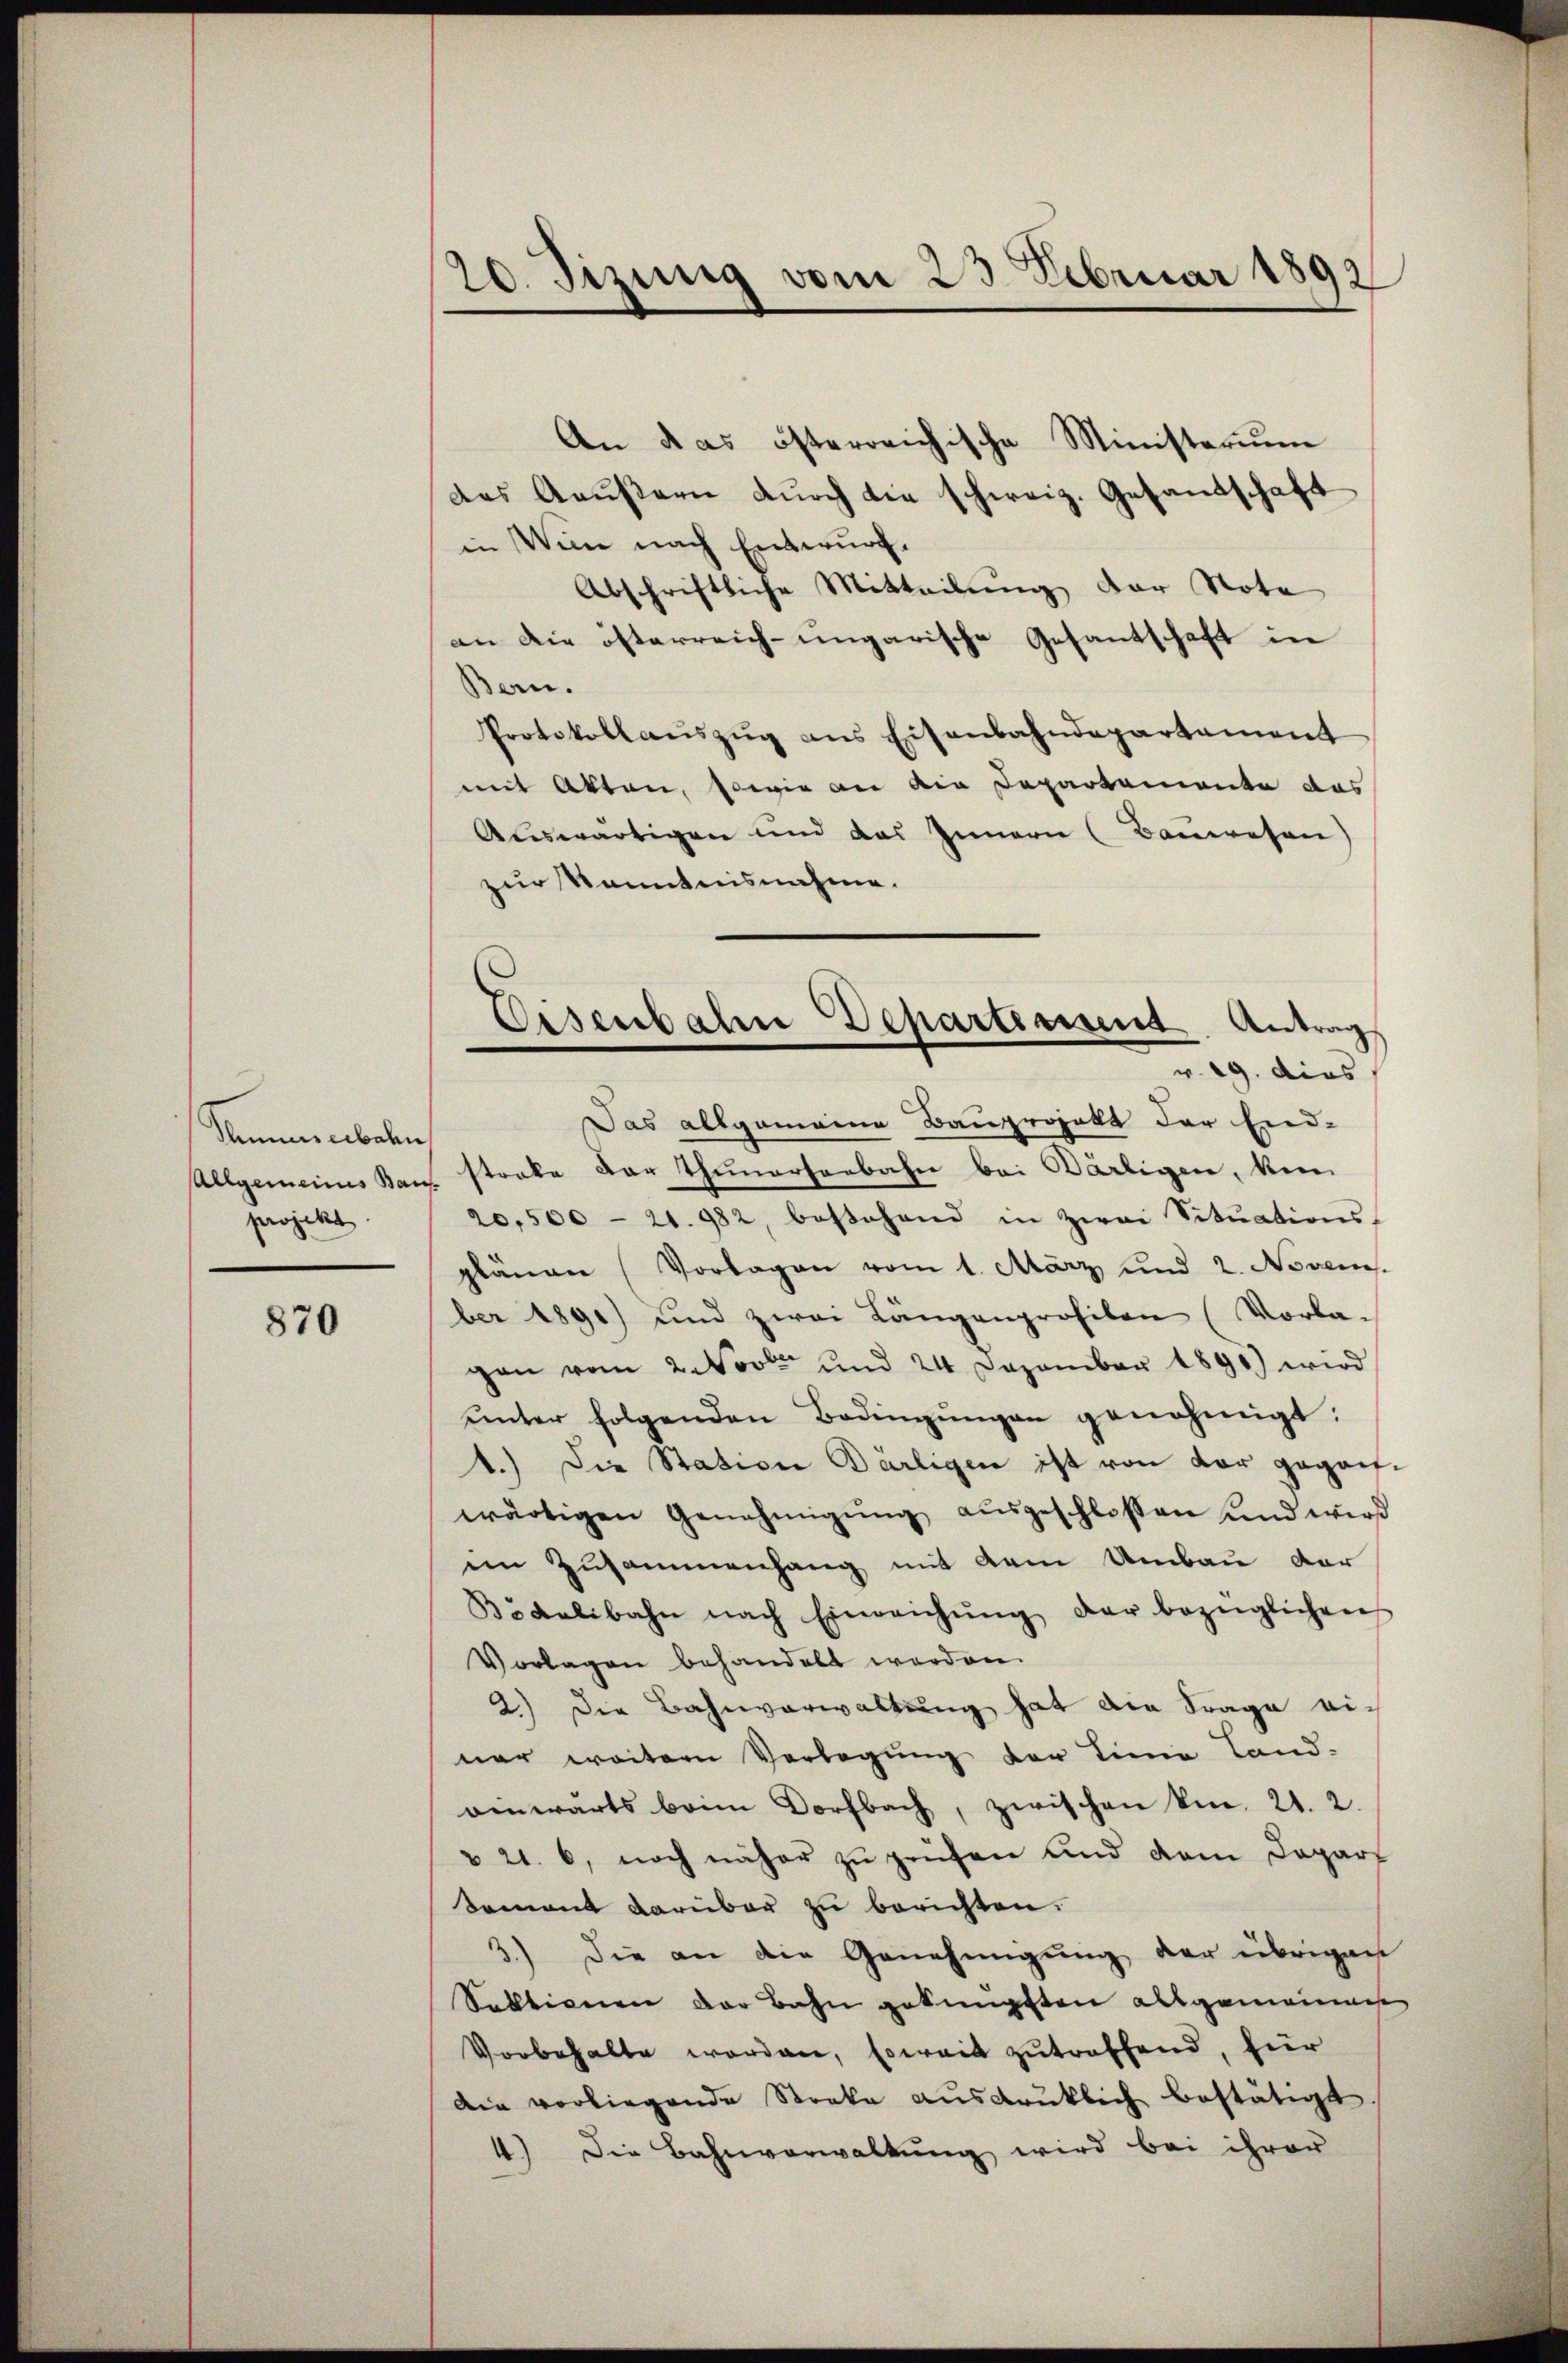
Museebahn
projekt.

870

20. Sizung vom 23. Februar 1892

An das österreichische Ministerium
das Gaŭβern dŭrch die schweiz. Gesandschaft
in Wien nach Entwurf.
Abschriftliche Mitteilung der Nota
an die österreich-ungarische Gesantschaft in
Bern.
Protokollaŭszŭg ans Eisenbahndepartement
mit Akten, sowie an die Departemente das
Auswärtigen und das Innern (Bauwesen)
zur Kenntnisnahme.
Das allgemeine Bauprojekt der End-
Allgemeines Kanz streke der Thunerserbahn bei Bärligen, kein
20,500 - 21. 982, bestehend in zwei Sitŭations-
plänen (Vorlagen vom 1. März und 2. Novem
ber 1891) und zwei Längenprofilen (Vorlagan vom 2 Novbr. und 24 Dezember 1891) wird
ŭnter folgenden Bedingŭngen genehmigt:
1.) Die Station Därligen ist von der geganwärtigen Genehmigŭng aŭsgeschlossen und wird
im Zusammenhang mit dem Umbau dar
Bidelibahn nach Einreichŭng der bezüglichen
Vorlagen behandelt werden.
2.) Die Bahnverwaltung hat die Frage einer weitern Vorlegung der Linie Land-
einwärts beim Dorfbach, zwischen kn. 21. 2.
& 21. 6, noch näher zŭ prüfen und dem Depart
Sament darüber zu berichten.
3.) Die an die Genehmigung der übrigen
Suktionen der Bahn geknüpften allgemeines
Vorbehalte worden, soweit zutreffend, hier
Die vorliegende Stocke ausdrüklich bestätigt.
4.) Die Bahnverwaltung wird bei ihrer

Eisenbahn Departinius Antrag
v. 29. dies